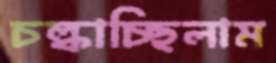
চল্‌কাচ্ছিলাম